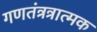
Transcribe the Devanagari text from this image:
गणतंत्रत्रात्मक